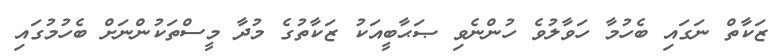
ޒަކާތް ނަގައި ބެހުމާ ހަވާލުވެ ހުންނެވި ޞަޙާބީއަކު ޒަކާތުގެ މުދާ މީސްތަކުންނަށް ބެހުމުގައި